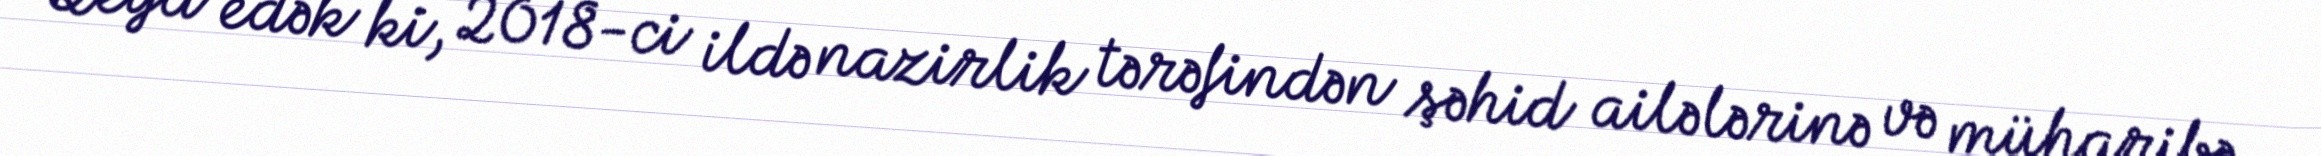
Qeyd edək ki, 2018-ci ildə nazirlik tərəfindən şəhid ailələrinə və müharibə